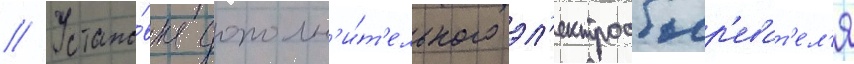
// Устано́вка дополн'и́т'ельного эл'ектрообогр'еват'ел'я